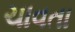
ચાવતા